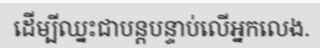
ដើម្បីឈ្នះជាបន្តបន្ទាប់លើអ្នកលេង.